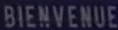
BIENVENUE